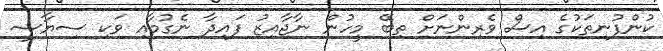
ކުންފުނިތަކުގެ އިސް ވެރިންނަށް ތިބޭ މީހުން ނާޖާއިޒު ފައިދާ ނެގުމާއި ވަކި ސިޔާސީ